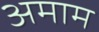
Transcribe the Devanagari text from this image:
अमाम